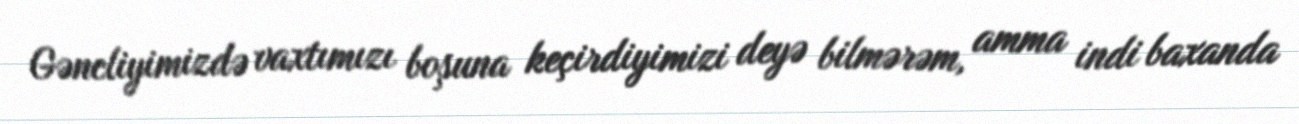
Gəncliyimizdə vaxtımızı boşuna keçirdiyimizi deyə bilmərəm, amma indi baxanda